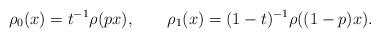
LaTeX: \begin{align*}\rho_0(x)=t^{-1}\rho(px),\qquad\rho_1(x)=(1-t)^{-1}\rho((1-p)x).\end{align*}